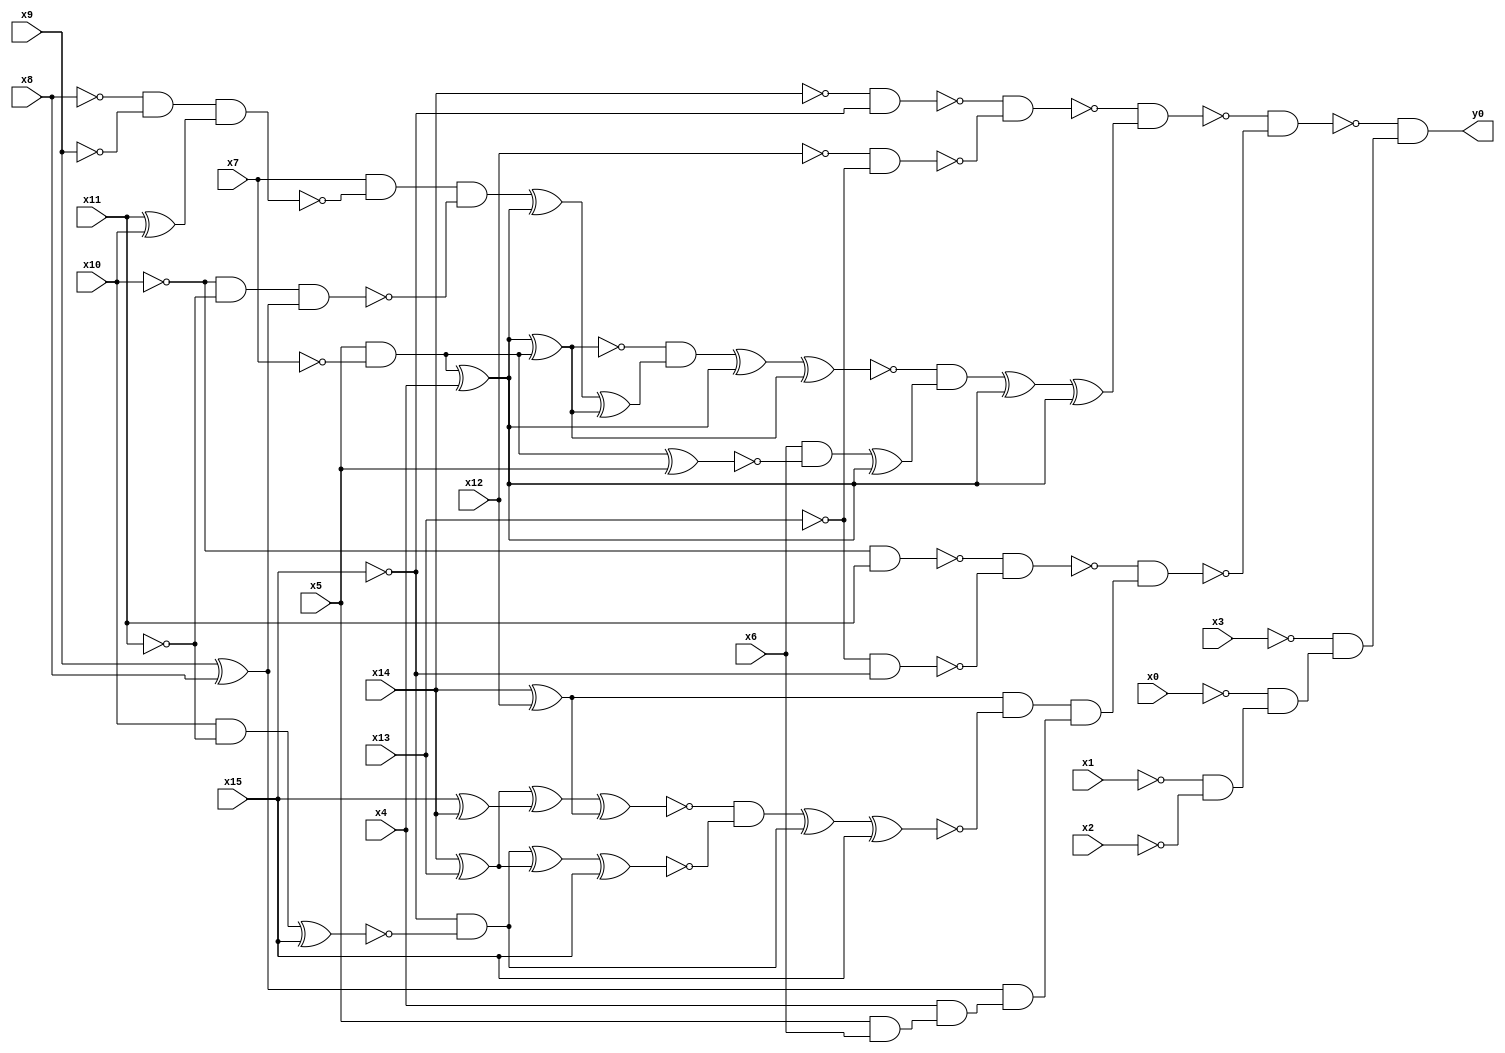
module top( x0 , x1 , x2 , x3 , x4 , x5 , x6 , x7 , x8 , x9 , x10 , x11 , x12 , x13 , x14 , x15 , y0 );
  input x0 , x1 , x2 , x3 , x4 , x5 , x6 , x7 , x8 , x9 , x10 , x11 , x12 , x13 , x14 , x15 ;
  output y0 ;
  wire n17 , n18 , n19 , n20 , n21 , n22 , n23 , n24 , n25 , n26 , n27 , n28 , n29 , n30 , n31 , n32 , n33 , n34 , n35 , n36 , n37 , n38 , n39 , n40 , n41 , n42 , n43 , n44 , n45 , n46 , n47 , n48 , n49 , n50 , n51 , n52 , n53 , n54 , n55 , n56 , n57 , n58 , n59 , n60 , n61 , n62 , n63 , n64 , n65 , n66 , n67 , n68 , n69 ;
  assign n17 = ~x14 & ~x15 ;
  assign n18 = ~x12 & ~x13 ;
  assign n19 = ~n17 & ~n18 ;
  assign n20 = x5 & ~x7 ;
  assign n21 = n20 ^ x4 ;
  assign n22 = n21 ^ n20 ;
  assign n23 = ~x8 & ~x9 ;
  assign n24 = x11 ^ x10 ;
  assign n25 = n23 & n24 ;
  assign n26 = x7 & ~n25 ;
  assign n27 = ~x10 & ~x11 ;
  assign n28 = x9 ^ x8 ;
  assign n29 = n27 & n28 ;
  assign n30 = n26 & ~n29 ;
  assign n31 = n30 ^ n21 ;
  assign n32 = n31 ^ n22 ;
  assign n33 = ~n22 & n32 ;
  assign n34 = n33 ^ n21 ;
  assign n35 = n34 ^ n22 ;
  assign n36 = n20 ^ x5 ;
  assign n37 = x6 & ~n36 ;
  assign n38 = n37 ^ n21 ;
  assign n39 = ~n35 & n38 ;
  assign n40 = n39 ^ n21 ;
  assign n41 = n40 ^ n21 ;
  assign n42 = ~n19 & n41 ;
  assign n43 = ~x10 & x11 ;
  assign n44 = ~x13 & ~x15 ;
  assign n45 = ~n43 & ~n44 ;
  assign n46 = x14 ^ x12 ;
  assign n48 = x14 ^ x13 ;
  assign n47 = x15 ^ x14 ;
  assign n49 = n48 ^ n47 ;
  assign n50 = n49 ^ n46 ;
  assign n51 = x10 & ~x11 ;
  assign n52 = n51 ^ x15 ;
  assign n53 = ~x15 & ~n52 ;
  assign n54 = n53 ^ n48 ;
  assign n55 = n54 ^ x15 ;
  assign n56 = ~n50 & ~n55 ;
  assign n57 = n56 ^ n53 ;
  assign n58 = n57 ^ x15 ;
  assign n59 = n46 & ~n58 ;
  assign n60 = x5 & x6 ;
  assign n61 = x4 & n60 ;
  assign n62 = n28 & n61 ;
  assign n63 = n59 & n62 ;
  assign n64 = ~n45 & n63 ;
  assign n65 = ~n42 & ~n64 ;
  assign n66 = ~x1 & ~x2 ;
  assign n67 = ~x0 & n66 ;
  assign n68 = ~x3 & n67 ;
  assign n69 = ~n65 & n68 ;
  assign y0 = n69 ;
endmodule